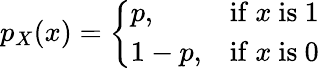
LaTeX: p_{X}(x)={\left\{ \begin{array}{ll}{p,}&{{\mathrm{if~}}x{\mathrm{~is~1}}}\\ {1-p,}&{{\mathrm{if~}}x{\mathrm{~is~0}}}\end{array}\right.}